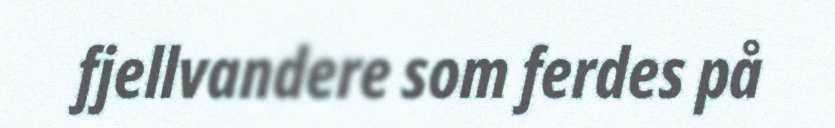
fjellvandere som ferdes på